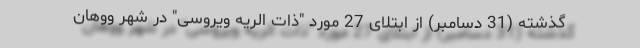
گذشته (31 دسامبر) از ابتلای 27 مورد "ذات الریه ویروسی" در شهر ووهان